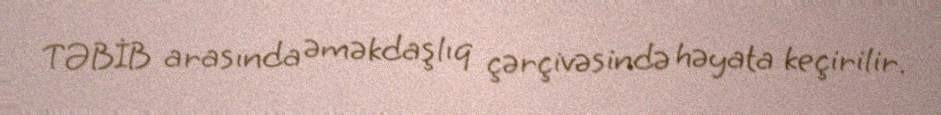
TƏBİB arasında əməkdaşlıq çərçivəsində həyata keçirilir.